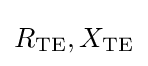
R_{\text{TE}},X_{\text{TE}}